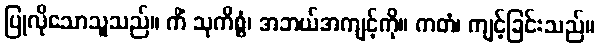
ပြုလိုသောသူသည်။ ကိံ သုကိစ္စံ၊ အဘယ်အကျင့်ကို။ ကတံ၊ ကျင့်ခြင်းသည်။